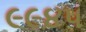
૯૯૪૫